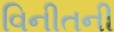
વિનીતની